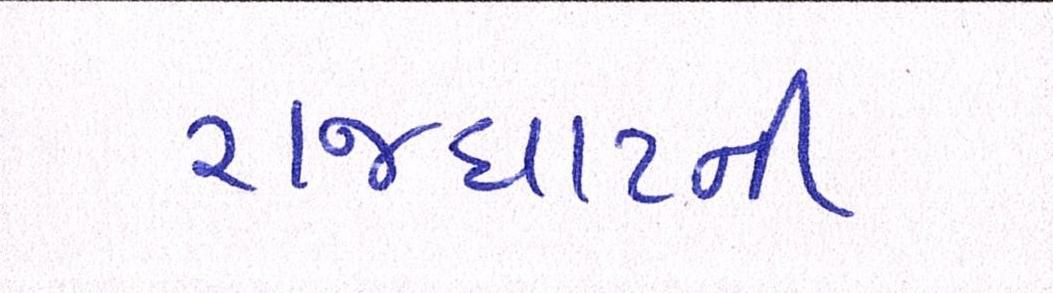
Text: રાજઘાટની